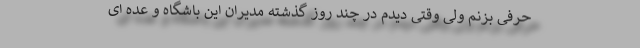
حرفی بزنم ولی وقتی دیدم در چند روز گذشته مدیران این باشگاه و عده ای